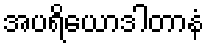
အပရိယောဒါတာနံ